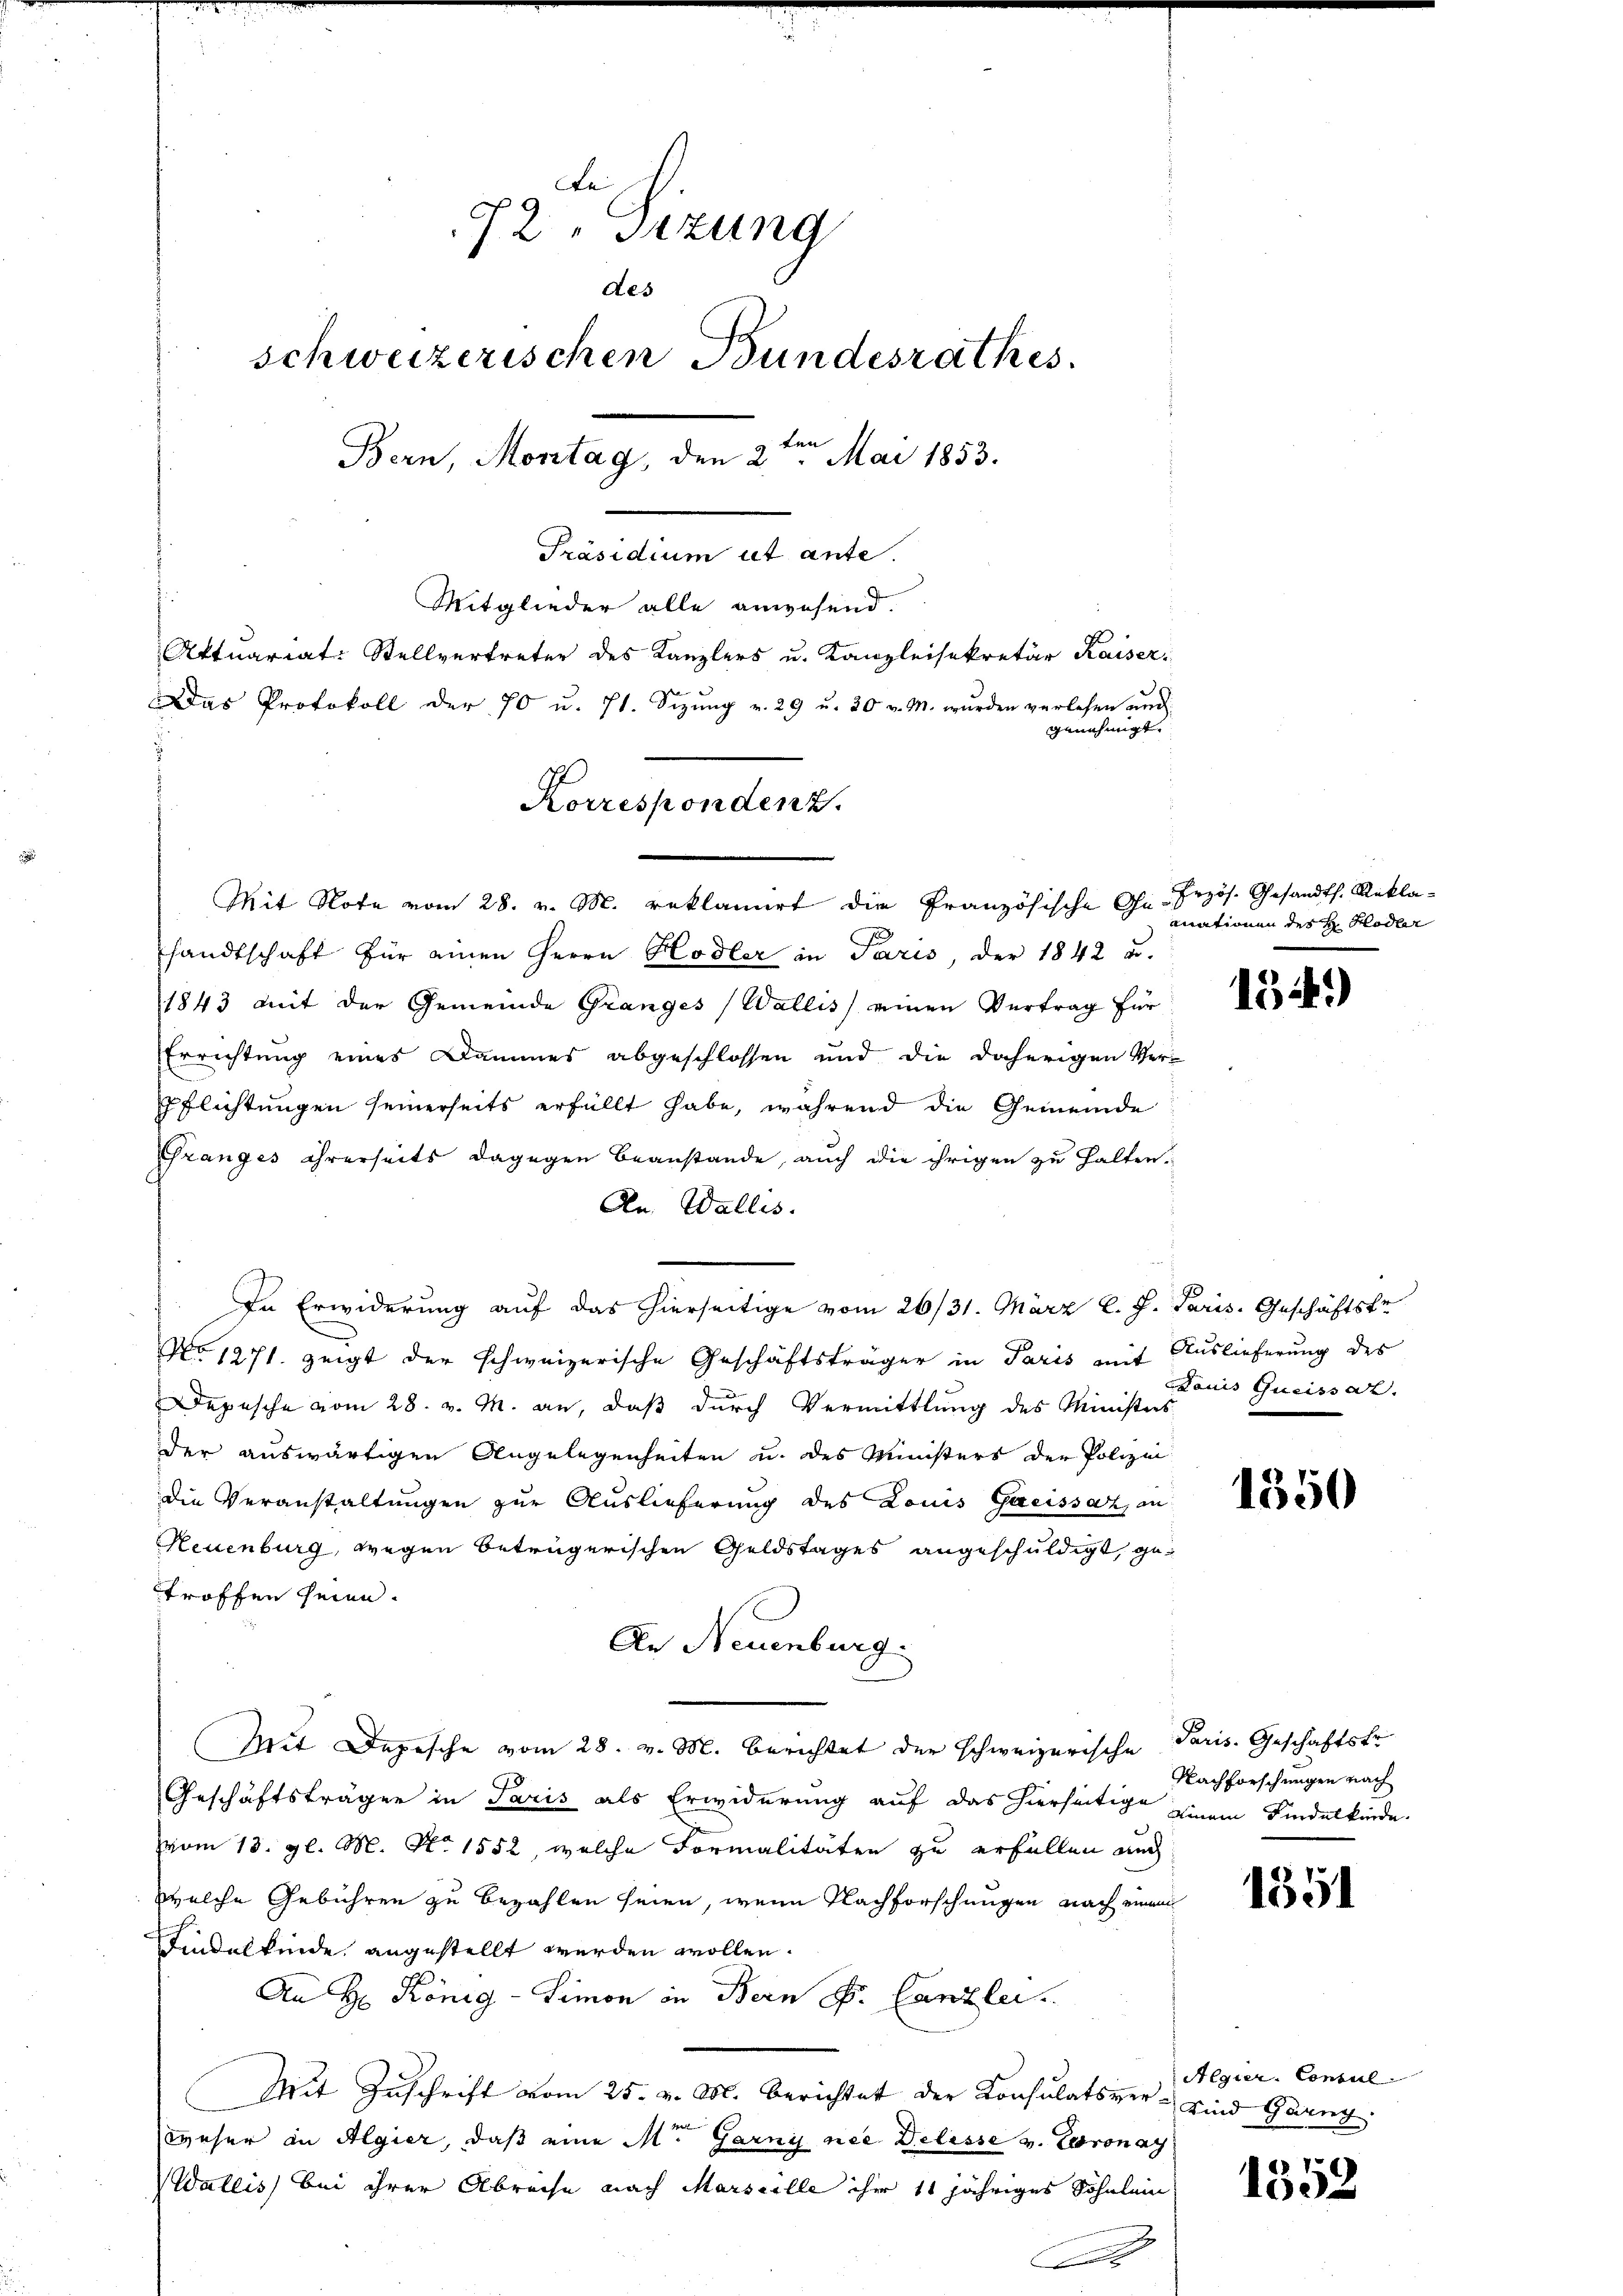
72 Sizung
des
schweizerischen Bundesrathes.
Bern, Montag, den 2ten Mai 1853.
Präsidium ut ante.
Mitglieder alle anwesend.
Aktuariat-Stellvertreter des Kanzlers u. Kanzleisekretär Kaiser
Das Protokoll der 70 u. 71. Sizŭng v. 29 u. 30 v. M. wurden verlesen und
genehmigt.

Mit Note vom 28. v. M. reklamirt die Französische Ge- Przös. Gesandth. Rekla¬

sandtschaft für einen Herrn Hodler in Paris, der 1842 u.
1843 mit der Gemeinde Granges (Wallis einen Vertrag für
Errichtung eines Dammes abgeschlossen und die daherigen Ver¬
Pflichtungen seinerseits erfüllt habe, während die Gemeinde
Pranges ihrerseits dagegen beanstande, auch die ihrigen zu halten.
An Wallis.
In Erwiderung auf das hierseitige vom 26/31. März l. J. Paris. Geschäftstr
No 1271. zeigt der schweizerische Geschäftsträger in Paris mit Auslieferung des
Depesche vom 28. v. M. an, daß durch Vermittlung des Ministers
der auswärtigen Angelegenheiten u. des Ministers der Polizei
die Veranstaltungen zur Auslieferung des Louis Gacissaz, an
Neuenburg, wegen betrügerischen Geldstages angeschuldigt, getroffen seien.
An Neuenburg.
Mit Depesche vom 28. v. M. berichtet der schweizerische Paris. Geschäftstr
Geschäftsträger in Paris als Erwiderung auf das hierseitige zwain Findelkinde.
vom 13. gl. M. No 1552, welche Formalitäten zu erfüllen auch
welche Gebühren zu bezahlen seien, wenn Nachforschungen nach einem
Findelkinde angestellt werden wollen.
An Hr. König - Simon in Bern d. Canzlei.
Mit Zŭschrift vom 25. v. M. berichtet der Konsulatsver- sind Garng
yeser in Algier, daß eine M. Garny nie Delisse v. Coronag
Wallis) bei ihrer Abreche nach Marseille ihre 11 jähriges Sohnlein
.

Korrespondenz.

mnationen des H. Hodler

154)

Louis Queissat

1350

Nachforschungen nach

1351

Algier. Consul

1
1502